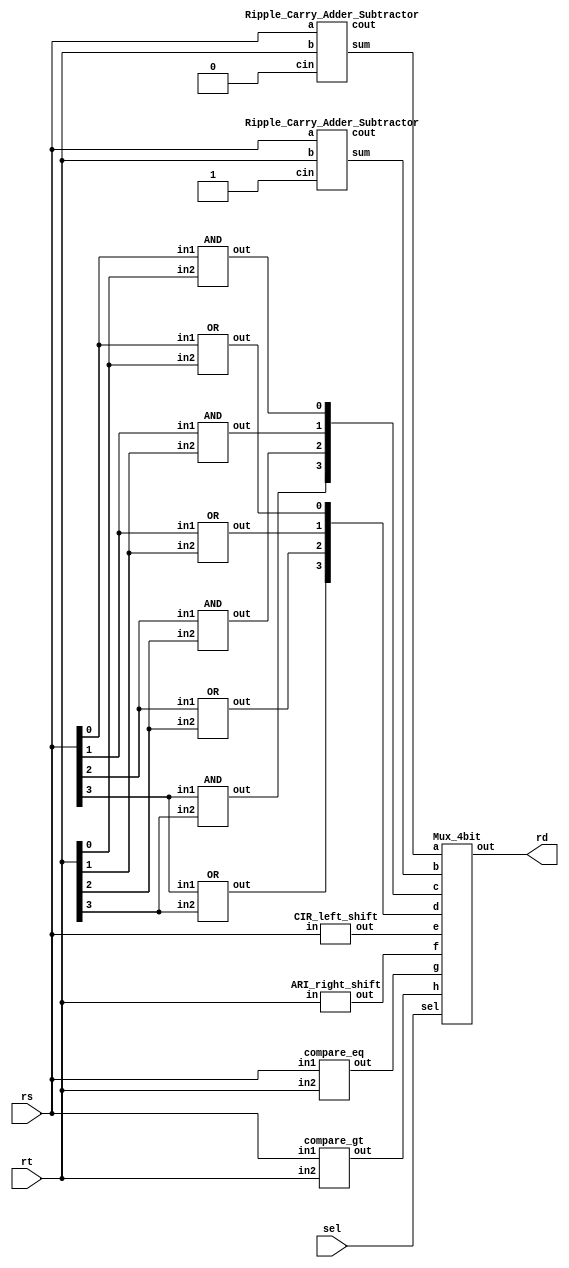
`timescale 1ns/1ps

module Decode_And_Execute(rs, rt, sel, rd);
input [3:0] rs, rt;
input [2:0] sel;
output [3:0] rd;

wire [1:0]nouse;
wire [3:0]w1,w2,w3,w4,w5,w6,w7,w8;

Ripple_Carry_Adder_Subtractor RCAS1(rs,rt,1'b0,nouse[0],w1);
Ripple_Carry_Adder_Subtractor RCAS2(rs,rt,1'b1,nouse[1],w2);
AND And[3:0](w3,rs,rt);
OR Or[3:0](w4,rs,rt);
CIR_left_shift CIR_LS(w5,rs);
ARI_right_shift ARI_RS(w6,rt);
compare_eq C_EQ(w7,rs,rt);
compare_gt C_GT(w8,rs,rt);

Mux_4bit MUX_4bit(w1,w2,w3,w4,w5,w6,w7,w8,sel,rd);
endmodule

module universal_gate(out,in1,in2);
input in1,in2;
output out;
wire w;
not NOT(w,in2);
and AND(out,in1,w);
endmodule

module Mux(a,b,c,d,e,f,g,h,sel,out);

input a,b,c,d,e,f,g,h;
input [2:0] sel;
output out;

wire [2:0] nsel;
wire [7:0] w;

NOT NSEL[2:0](nsel,sel);
AND_4input And0(w[0],a,nsel[2],nsel[1],nsel[0]), And1(w[1],b,nsel[2],nsel[1],sel[0]), And2(w[2],c,nsel[2],sel[1],nsel[0]), And3(w[3],d,nsel[2],sel[1],sel[0]);
AND_4input And4(w[4],e,sel[2],nsel[1],nsel[0]), And5(w[5],f,sel[2],nsel[1],sel[0]), And6(w[6],g,sel[2],sel[1],nsel[0]), And7(w[7],h,sel[2],sel[1],sel[0]);
OR_8input orf(out,w[0],w[1],w[2],w[3],w[4],w[5],w[6],w[7]);

endmodule

module Mux_4bit(a,b,c,d,e,f,g,h,sel,out);
input [3:0]a,b,c,d,e,f,g,h;
input [2:0]sel;
output [3:0]out;

Mux MUX1(a[0],b[0],c[0],d[0],e[0],f[0],g[0],h[0],sel,out[0]);
Mux MUX2(a[1],b[1],c[1],d[1],e[1],f[1],g[1],h[1],sel,out[1]);
Mux MUX3(a[2],b[2],c[2],d[2],e[2],f[2],g[2],h[2],sel,out[2]);
Mux MUX4(a[3],b[3],c[3],d[3],e[3],f[3],g[3],h[3],sel,out[3]);
endmodule

module NOT(out,in);
input in;
output out;
universal_gate G1(out,1'b1,in);
endmodule

module AND(out,in1,in2);
input in1,in2;
output out;
wire w;
NOT Not1(w,in2);
universal_gate G1(out,in1,w);
endmodule

module OR(out, in1,in2);
input in1,in2;
output out;
wire [1:0]w;

NOT N1(w[0],in1);
universal_gate G1(w[1],w[0],in2);
NOT N2(out,w[1]);
endmodule

module AND_4input(out,in1,in2,in3,in4);
input in1,in2,in3,in4;
output out;
wire w1,w2;

AND and1(w1,in1,in2);
AND and2(w2,w1,in3);
AND and3(out,w2,in4);
endmodule

module OR_8input(out,in1,in2,in3,in4,in5,in6,in7,in8);
input in1,in2,in3,in4,in5,in6,in7,in8;
output out;
wire w1,w2,w3,w4,w5,w6;

OR or1(w1,in1,in2);
OR or2(w2,w1,in3);
OR or3(w3,w2,in4);
OR or4(w4,w3,in5);
OR or5(w5,w4,in6);
OR or6(w6,w5,in7);
OR or7(out,w6,in8);
endmodule

module XOR(out,in1,in2);
input in1,in2;
output out;

wire w1,w2;
universal_gate G1(w1,in1,in2);
universal_gate G2(w2,in2,in1);
OR or1(out,w1,w2);
endmodule

module XNOR(out,in1,in2);
input in1,in2;
output out;
wire w;

XOR Xor(w,in1,in2);
NOT Not(out,w);
endmodule

module Full_Adder (a, b, cin, cout, sum);
input a, b, cin;
output cout, sum;

wire ncin;
wire ncout;
wire w;

NOT not1(ncin,cin);
Majority majority1(a,b,cin,cout);
Majority majority2(a,b,ncin,w);
NOT not2(ncout,cout);
Majority majority3(ncout,cin,w,sum);

endmodule

module Majority(a, b, c, out);
input a, b, c;
output out;

wire [3:0]w;

AND and1(w[0],a,b);
AND and2(w[1],a,c);
AND and3(w[2],b,c);
OR or1(w[3],w[0],w[1]);
OR or2(out,w[3],w[2]);

endmodule

module Ripple_Carry_Adder_Subtractor(a, b, cin, cout, sum);
input [3:0] a, b;
input cin;
output cout;
output [3:0] sum;
    
wire [2:0] w;
wire [3:0] midwire;

XOR Xor0(midwire[0],b[0],cin);
XOR Xor1(midwire[1],b[1],cin);
XOR Xor2(midwire[2],b[2],cin);
XOR Xor3(midwire[3],b[3],cin);
Full_Adder FA_1(a[0],midwire[0],cin,w[0],sum[0]);
Full_Adder FA_2(a[1],midwire[1],w[0],w[1],sum[1]);
Full_Adder FA_3(a[2],midwire[2],w[1],w[2],sum[2]);
Full_Adder FA_4(a[3],midwire[3],w[2],cout,sum[3]);
endmodule

module CIR_left_shift(out,in);
input [3:0]in;
output [3:0]out;

AND And1(out[0],in[3],1'b1);
AND And2(out[1],in[0],1'b1);
AND And3(out[2],in[1],1'b1);
AND And4(out[3],in[2],1'b1);
endmodule

module ARI_right_shift(out,in);
input [3:0]in;
output [3:0]out;

AND And1(out[0],in[1],1'b1);
AND And2(out[1],in[2],1'b1);
AND And3(out[2],in[3],1'b1);
AND And4(out[3],in[3],1'b1);
endmodule

module compare_eq(out,in1,in2);
input [3:0] in1,in2;
output [3:0] out;
wire [3:0] w;
wire w1,w2;

AND And1(out[1],1'b1,1'b1);
AND And2(out[2],1'b1,1'b1);
AND And3(out[3],1'b1,1'b1);
XNOR Xnor[3:0](w,in1,in2);
AND And_a(w1,w[0],w[1]);
AND And_b(w2,w1,w[2]);
AND And_c(out[0],w2,w[3]);

endmodule

module compare_gt(out,in1,in2);
input [3:0]in1,in2;
output [3:0]out;
wire [3:0]nin2;
wire [2:0]w2;
wire [9:0]w3;
wire [1:0]w4;

NOT Not1(nin2[0],in2[0]);
NOT Not2(nin2[1],in2[1]);
NOT Not3(nin2[2],in2[2]);
NOT Not4(nin2[3],in2[3]);
XNOR Xnor1(w2[0],in1[1],in2[1]);
XNOR Xnor2(w2[1],in1[2],in2[2]);
XNOR Xnor3(w2[2],in1[3],in2[3]);
AND And1(w3[0],in1[3],nin2[3]);
AND And2(w3[1],in1[2],nin2[2]);
AND And3(w3[2],w3[1],w2[2]);
AND And4(w3[3],in1[1],nin2[1]);
AND And5(w3[4],w3[3],w2[2]);
AND And6(w3[5],w3[4],w2[1]);
AND And7(w3[6],in1[0],nin2[0]);
AND And8(w3[7],w3[6],w2[2]);
AND And9(w3[8],w3[7],w2[1]);
AND And10(w3[9],w3[8],w2[0]);
OR Or1(w4[0],w3[0],w3[2]);
OR Or2(w4[1],w4[0],w3[5]);
OR Or3(out[0],w4[1],w3[9]);

AND And11(out[1],1'b1,1'b1);
AND And12(out[2],1'b1,1'b0);
AND And13(out[3],1'b1,1'b1);
endmodule